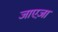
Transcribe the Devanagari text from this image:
जाएज़ा